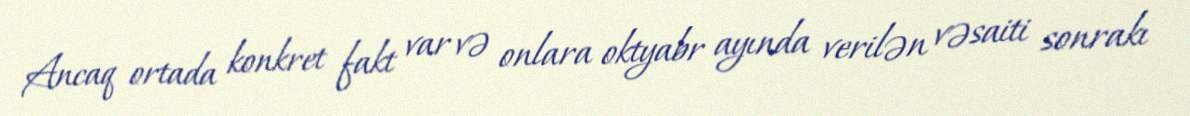
Ancaq ortada konkret fakt var və onlara oktyabr ayında verilən vəsaiti sonrakı